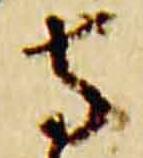
寺